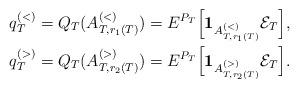
LaTeX: \begin{align*} q_T^{(<)} &= Q_T(A^{(<)}_{T,r_1(T)}) =E^{P_T}\Big[\mathbf{1}_{A^{(<)}_{T,r_1(T)}}\mathcal{E}_T\Big], \\q_T^{(>)} &= Q_T(A^{(>)}_{T,r_2(T)}) = E^{P_T}\Big[\mathbf{1}_{A^{(>)}_{T,r_2(T)}}\mathcal{E}_T\Big]. \end{align*}